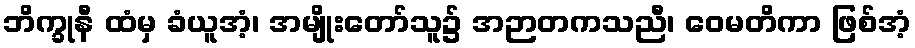
ဘိက္ခုနီ ထံမှ ခံယူအံ့၊ အမျိုးတော်သူ၌ အဉာတကသညီ၊ ဝေမတိကာ ဖြစ်အံ့